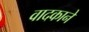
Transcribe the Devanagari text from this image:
वादकाने